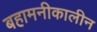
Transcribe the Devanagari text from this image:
बहामनीकालीन